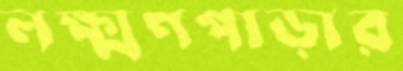
লক্ষ্মণপাড়ার